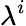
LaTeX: \lambda^{i}